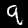
Digit: 9